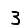
Digit: 3